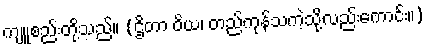
ကျူစည်းတို့သည်။ (ဌိတာ ဝိယ၊ တည်ကုန်သကဲ့သို့လည်းကောင်း။)